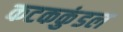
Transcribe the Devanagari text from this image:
कटककुंडल